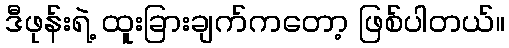
ဒီဖုန်းရဲ့ ထူးခြားချက်ကတော့ ဖြစ်ပါတယ်။